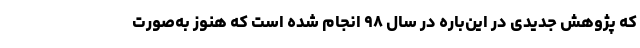
که پژوهش جدیدی در این‌باره در سال ۹۸ انجام شده است که هنوز به‌صورت